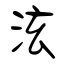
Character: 泫